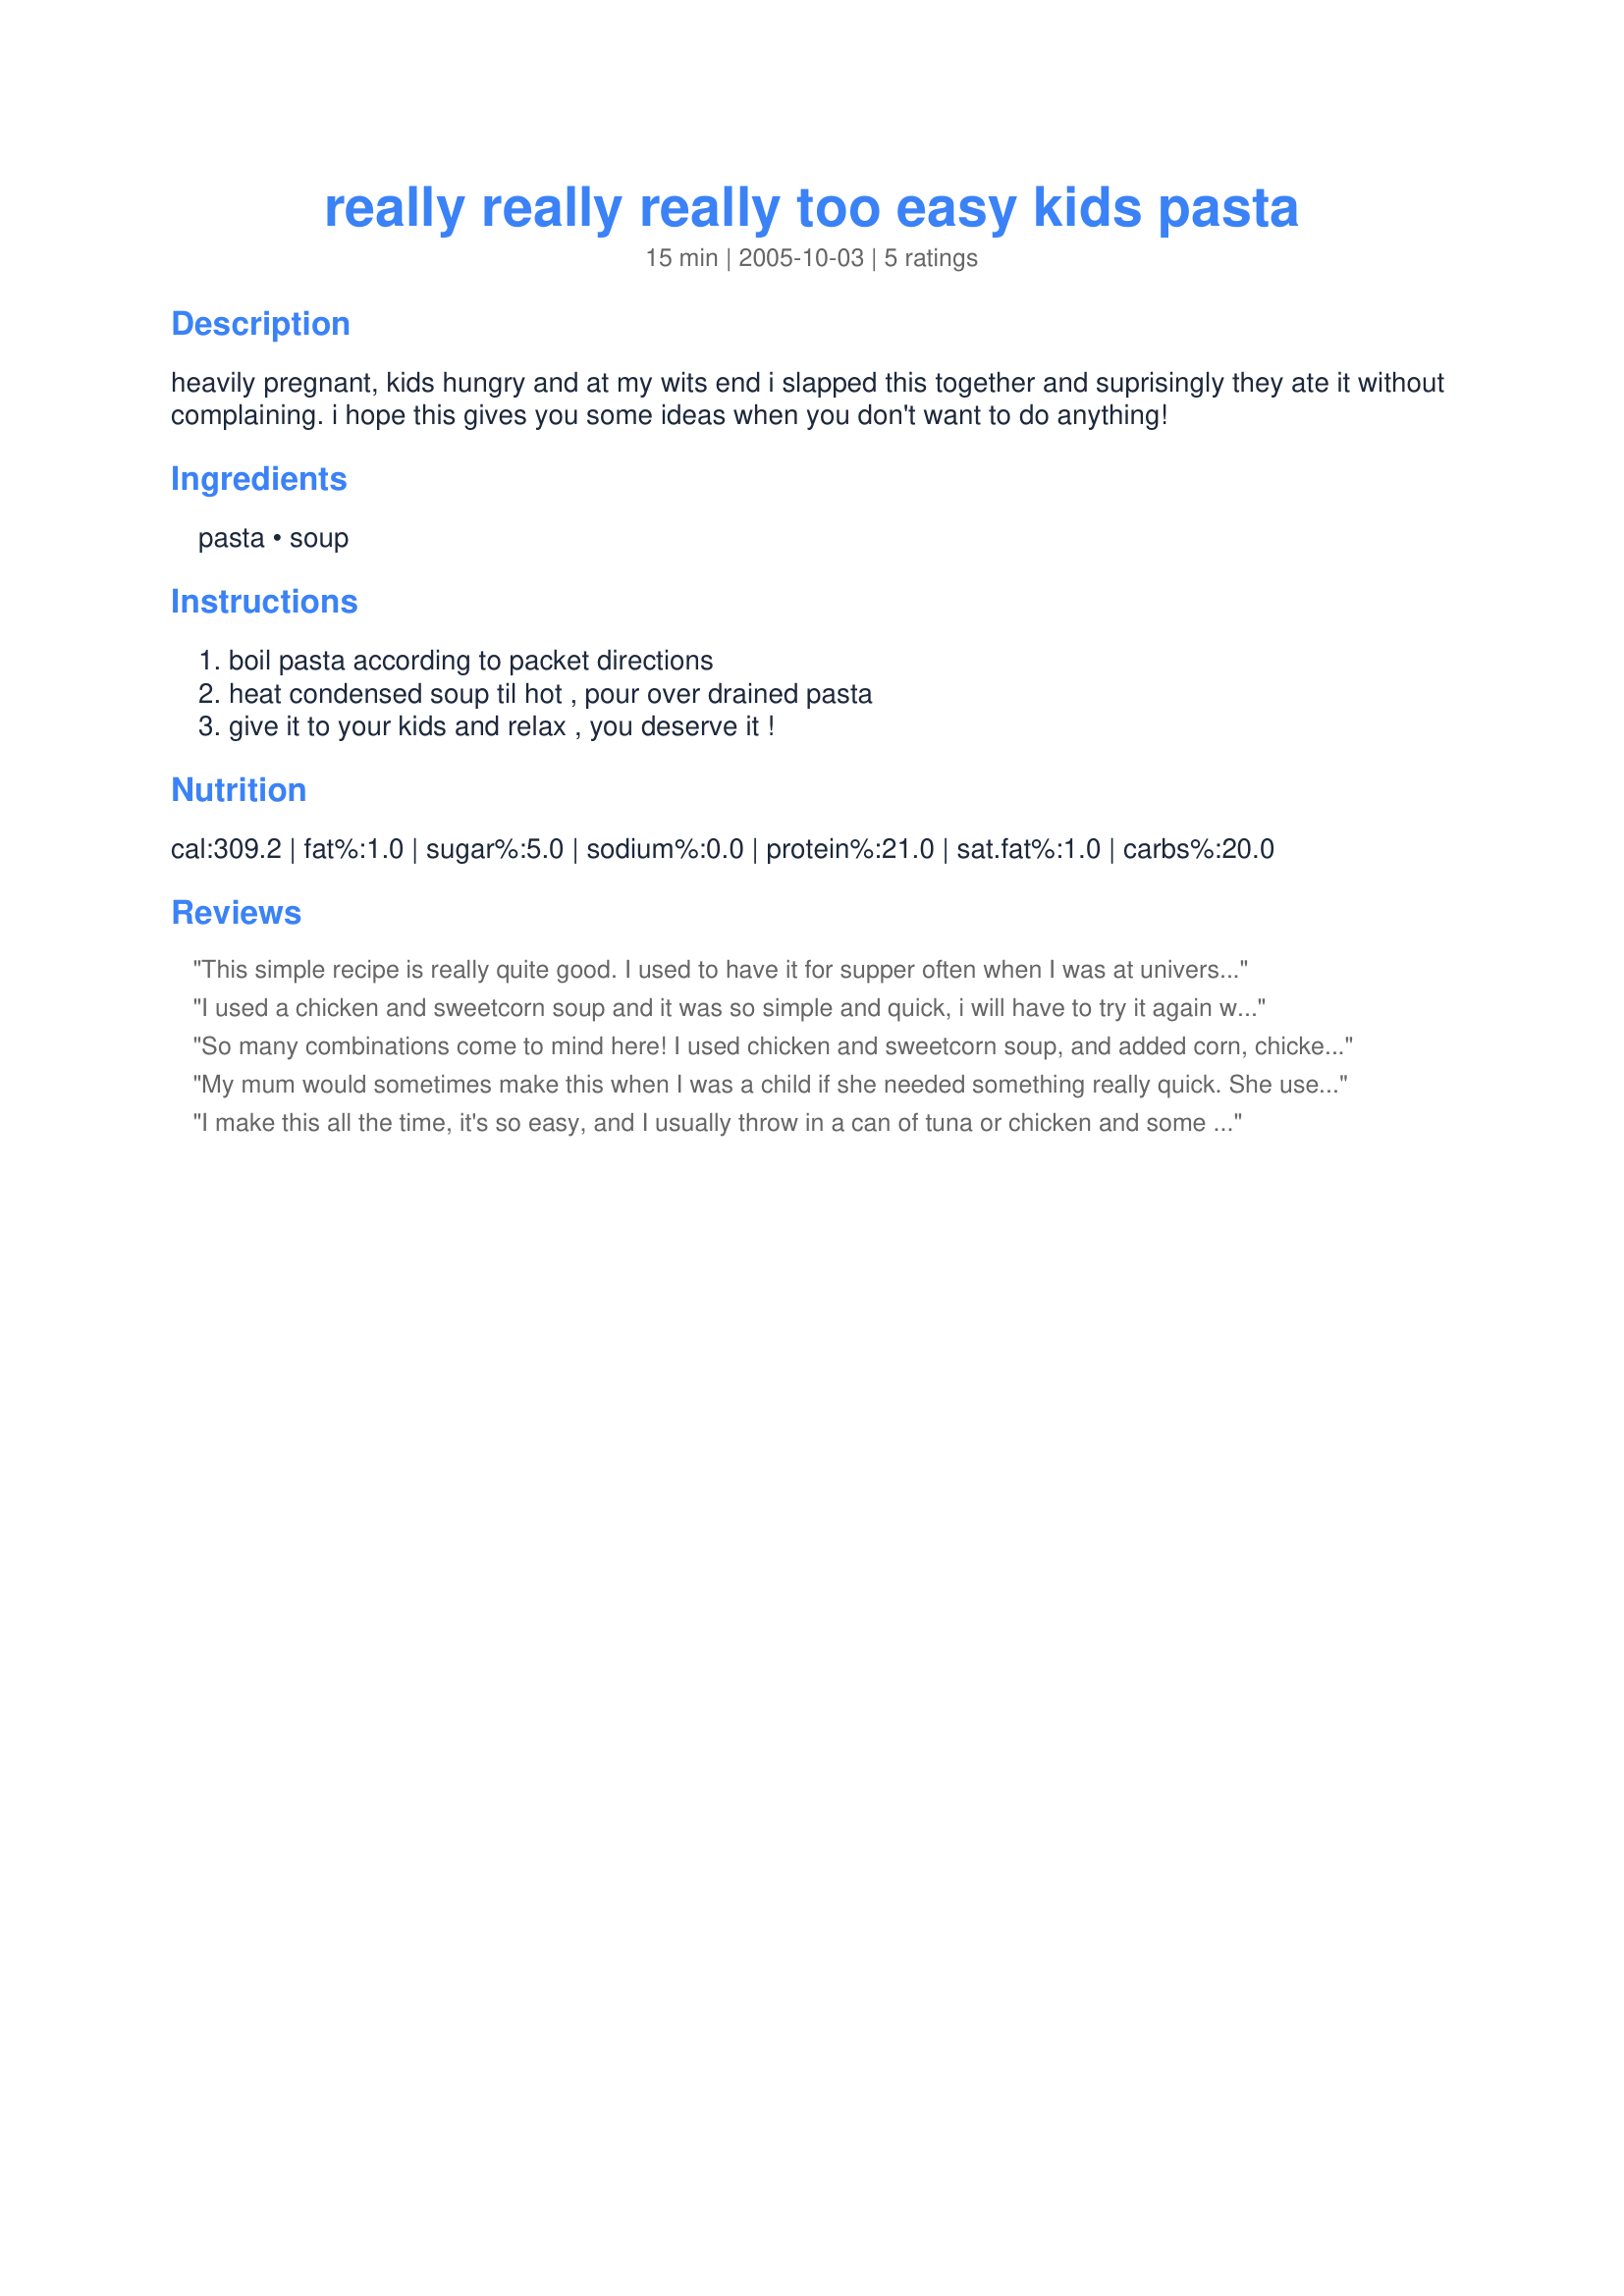
really really really too easy kids pasta
Preparation time: 15 minutes

heavily pregnant, kids hungry and at my wits end i slapped this together and suprisingly they ate it without complaining. i hope this gives you some ideas when you don't want to do anything!

Ingredients:
pasta, soup

Steps:
boil pasta according to packet directions, heat condensed soup til hot , pour over drained pasta, give it to your kids and relax , you deserve it !

Reviews:
This simple recipe is really quite good. I used to have it for supper often when I was at university. You can use any cream soup...tomato, chicken, mushroom, celery, asparagus, whatever.
I used a chicken and sweetcorn soup and it was so simple and quick, i will have to try it again with a different flavour. Thanks for posting. Miss Pixie x x x :)
So many combinations come to mind here! I used chicken and sweetcorn soup, and added corn, chicken and asparagus, mixed through a little cheese and sprinkled some on top and baked for 10 minutes at 200C. Hey presto, dinner without thinking. Thanks for a keeper!
My mum would sometimes make this when I was a child if she needed something really quick. She used to add some grated cheese to the top and grill it a few minutes to increase the nutritional value.
I make this all the time, it's so easy, and I usually throw in a can of tuna or chicken and some sort of vegetable. Very easy to make and also very easy on the wallet! ;)
